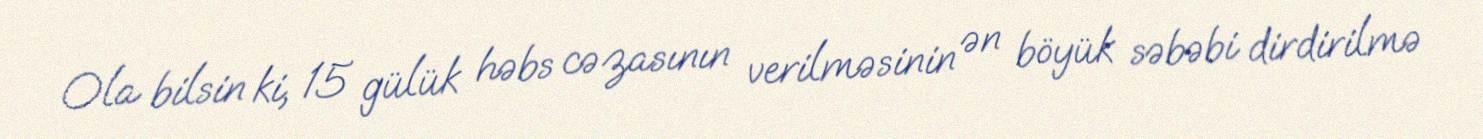
Ola bilsin ki, 15 gülük həbs cəzasının verilməsinin ən böyük səbəbi dirdirilmə